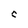
Character: C